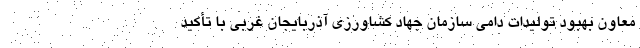
معاون بهبود تولیدات دامی سازمان جهاد کشاورزی آذربایجان غربی با تأکید